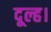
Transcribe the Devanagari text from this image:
दूल्ह।